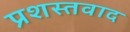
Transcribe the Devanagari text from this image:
प्रशस्तवाद